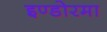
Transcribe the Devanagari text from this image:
इण्डोरमा